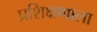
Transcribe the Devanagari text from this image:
प्रशिक्षणाला